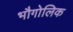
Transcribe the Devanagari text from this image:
भौगोलिक